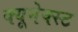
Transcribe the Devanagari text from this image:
क्यूनेक्स्ट